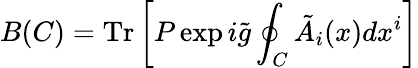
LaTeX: B(C)=\mathrm{Tr}\left[P\exp i\tilde{g}\oint_{C}\tilde{A}_{i}(x)dx^{i}\right]